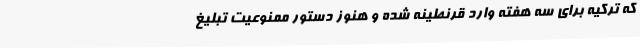
که ترکیه برای سه هفته وارد قرنطینه شده و هنوز دستور ممنوعیت تبلیغ